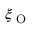
\xi _ { \textup { O } }